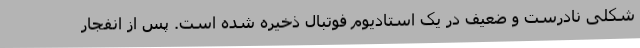
شکلی نادرست و ضعیف در یک استادیوم فوتبال ذخیره شده است. پس از انفجار